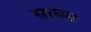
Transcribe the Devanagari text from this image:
साघन